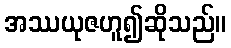
အဿယုဇဟူ၍ဆိုသည်။